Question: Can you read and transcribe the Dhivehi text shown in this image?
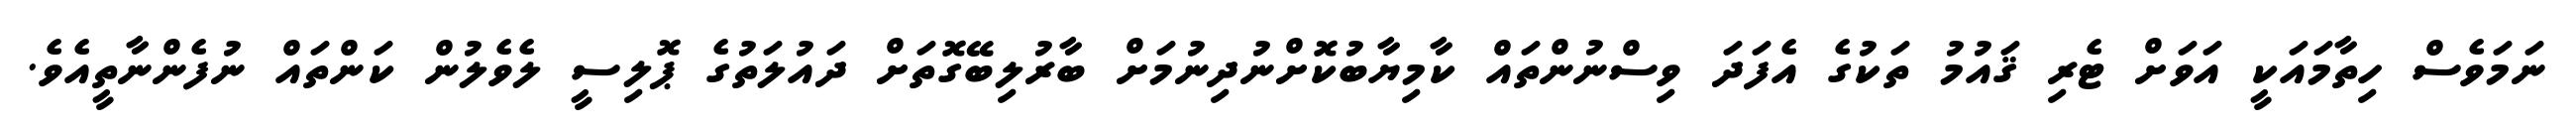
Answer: ނަމަވެސް ހިތާމައަކީ އަވަށް ޓެރި ޤައުމު ތަކުގެ އެފަދަ ވިސްނުންތައް ކާމިޔާބުކޮށްނުދިނުމަށް ބާރުލިބޭގޮތަށް ދައުލަތުގެ ޕޮލިސީ ލެވެލުން ކަންތައް ނުފެންނާތީއެވެ.